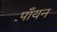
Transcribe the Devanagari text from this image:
पाँयन